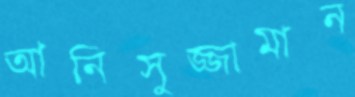
আনিসুজ্জামান